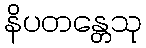
နိပတန္တေသု